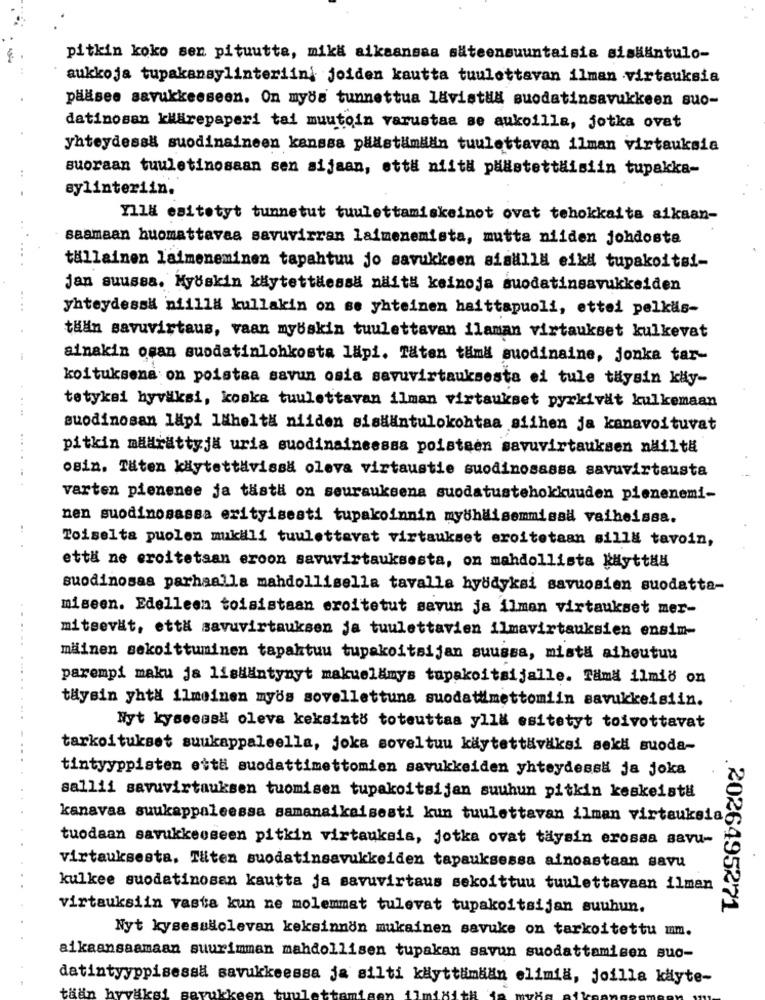
pitkin koko sen pituutte, mika aikaansaa säteensuuntaisia siskaintulo-
aukkoja tupakansylinteriini joiden kautta tuulettavan ilman virtauksia
pääsee savukkeeseen. On myös tunnettua lavistaa suodatinsavukkeen suo-
datinosan klärepaperi tai muutoin varustaa se aukoilla, jotka ovat
yhteydessä suodinaineen kanssa päästämdän tuulettavan ilman virtauksia
..
suoraan tuuletinosaan sen sijaan, että niith päästettäisiin tupakka-
sylinteriin.
Yllä esitotyt tunnetut tuulettamiskeinot ovat tehokkaita aikaan-
saamaan huomattavas savuvirran laimenemista, mutta niiden johdosta
tallainen laimeneminen tapahtuu jo savukkeen sisulla eikl tupakoitsi-
jan suussa. Myskin käytettdessä nalità keinoja suodatinsavukkeiden
....
yhteydessä niilla kullakin on se yhteinen haittapuoli, ettei pelkäs-
tään savuvirtaus, vaan mybskin tuulettavan ilaman virtaukset kulkevat
ainakin osan suodatinlohkosta lapi. Täten tama suodinaine, jonka tar-
koltuksena on poistaa savun osia savuvirtauksesta ei tule täysin kly-
....
tetykei hyväksi, koska tuulettavan ilman virtaukset pyrkivät kulkemaan
suodinosan lapi lähelt& niiden sisääntulokohtaa siihen ja kanavoituvat
pitkin määrättyja uria suodinaineessa poisteen savuvirtauksen nailtä
osin. Täten käytettivissa oleva virtaustie suodinosassa savuvirtausta
varten pienenee ja tästä on seurauksena suodatustehokkuuden pienenemi-
nen suodinosassa erityisesti tupakoinnin myöhuisemmissa vaiheissa.
Toiselta puolen mukilli tuulettevat virtaukset eroitetaan silla tavoin,
että ne eroitetaan eroon savuvirtauksesta, on mahdollista Käyttla
suodinosas parhaalla mahdollisella tavalla hybdyksi savuosien suodatta-
miseen. Edelleen toisistaan eroitetut savun ja ilman virtaukset mer-
mitsevät, että savuvirtauksen ja tuulettavien ilmavirtsuksien ensim-
mäinen sekoittuminen tapahtuu tupakoitsijan suussa, mista aiheutuu
parempi maku ja listantynyt makuelamys tupakoitsijalle. Tämä ilmio on
täysin yhtX ilmeinen myös sovellettuna suodatimettomiin savukkeisiin.
Nyt kyseessä oleva keksinto toteuttaa ylla esitetyt toivottavat
tarkoitukset suukappaleella, joka soveltuu käytettäväksi sekli suoda-
tintyyppisten etta suodattimettomien savukkeiden yhteydessä ja joka
sallii savuvirtauksen tuomisen tupakoitsijan suuhun pitkin keskeist#
kanavaa suukappaleessa samanaikaisesti kun tuulettavan ilman virtauksia
tuodaan savukkeoseen pitkin virtauksia, jotka ovat täysin erossa savu-
virtauksesta. Tliten suodatinsavukkeiden tapauksessa ainoastaan savu
kulkee suodatinosan kautta ja savuvirtaus sekoittuu tuulettavaan ilman
virtauksiin vasta kun ne molemmat tulevat tupakoitsijan suuhun.
.2026495271
Nyt kysessãolevan keksinnön mukainen savuke on tarkoitettu mm.
aikaansaamaan suurimman mahdollisen tupakan savun suodattamisen suo-
datintyyppisessä savukkeessa ja silti käyttämään elimiä, joilla kdyte-
tään hyv